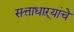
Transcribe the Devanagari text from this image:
सत्ताधाऱ्यांचे